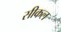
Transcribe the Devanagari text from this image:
सीकल